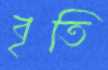
বৃতি